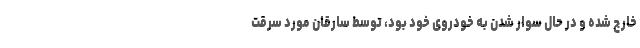
خارج شده و در حال سوار شدن به خودروی خود بود، توسط سارقان مورد سرقت